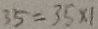
3 5 = 3 5 \times 1